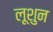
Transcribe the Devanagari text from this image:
लूशुन